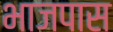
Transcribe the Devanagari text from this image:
भाजपास